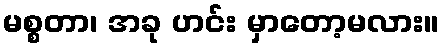
မစ္စတာ၊ အခု ဟင်း မှာတော့မလား။